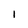
Character: I